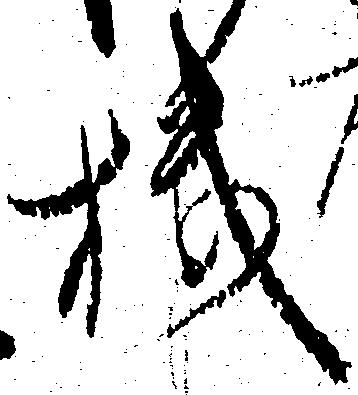
機